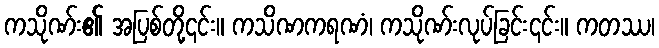
ကသိုဏ်း၏ အပြစ်တို့၎င်း။ ကသိဏကရဏံ၊ ကသိုဏ်းလုပ်ခြင်း၎င်း။ ကတဿ၊